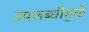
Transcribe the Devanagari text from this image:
उपलब्धीमुळे